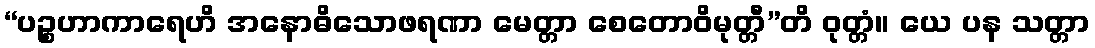
“ပဉ္စဟာကာရေဟိ အနောဓိသောဖရဏာ မေတ္တာ စေတောဝိမုတ္တီ”တိ ဝုတ္တံ။ ယေ ပန သတ္တာ